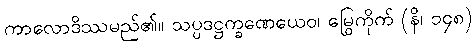
ကာလောဒိဿမည်၏။ သပ္ပဒဋ္ဌက္ခဏေယေဝ၊ မြွေကိုက် (နိ၊ ၁၄၈)